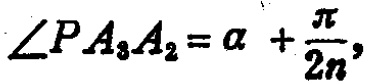
\(\angle PA_{3}A_{2}=\alpha +\frac{\pi}{2n},\)